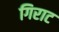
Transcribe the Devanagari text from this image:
गिराट